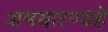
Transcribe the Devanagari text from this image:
अभयारण्यहे